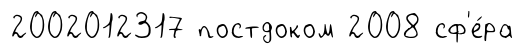
2002012317 постдоком 2008 сф'е́ра